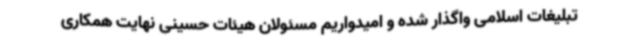
تبلیغات اسلامی واگذار شده و امیدواریم مسئولان هیئات حسینی نهایت همکاری